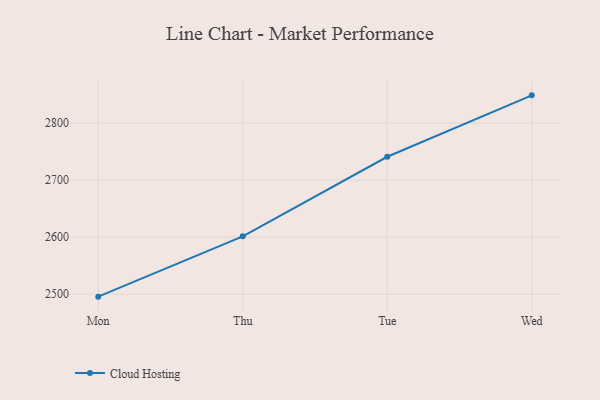
{"axis": {"x": "Day", "y": "Operating Costs (USD K)"}, "legend": ["Cloud Hosting"], "data": [{"x": "Mon", "y": 2495.7, "type": "Cloud Hosting"}, {"x": "Thu", "y": 2601.5, "type": "Cloud Hosting"}, {"x": "Tue", "y": 2741.0, "type": "Cloud Hosting"}, {"x": "Wed", "y": 2848.7, "type": "Cloud Hosting"}]}